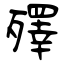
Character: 殬